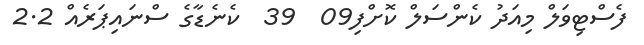
ފެސްޓިވަލް މިއަދު ކެންސަލް ކޮށްފި09  39  ކެނެޑާގެ ސްނައިޕަރެއް 2.2